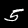
Digit: 5